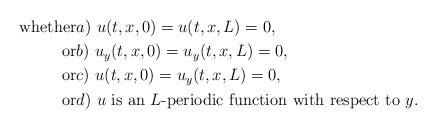
LaTeX: \begin{align*}\mbox{whether}&a)\mbox{ } u(t,x,0)=u(t,x,L)=0,\\\mbox{or}&b)\mbox{ } u_y(t,x,0)=u_y(t,x,L)=0,\\\mbox{or}&c)\mbox{ } u(t,x,0)=u_y(t,x,L)=0,\\\mbox{or}&d)\mbox{ } u \mbox{ is an $L$-periodic function with respect to $y$.}\end{align*}